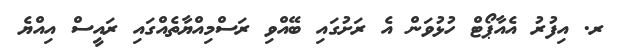
ރ. އިފުރު އެއާޕޯޓް ހުޅުވަން އެ ރަށުގައި ބޭއްވި ރަސްމިއްޔާތެއްގައި ރައީސް އިއްޔެ